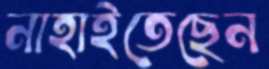
নাহাইতেছেন